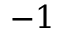
- 1